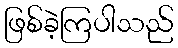
ဖြစ်ခဲ့ကြပါသည်